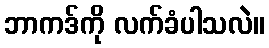
ဘာကဒ်ကို လက်ခံပါသလဲ။